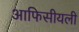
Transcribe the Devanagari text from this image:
आफिसीयली